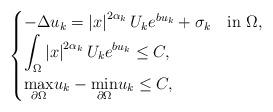
LaTeX: \begin{align*}\begin{cases}-\Delta u_k=\left|x\right|^{2\alpha_k}U_{k}e^{bu_k}+\sigma_k\quad\mbox{in }\Omega,\\\displaystyle{\int_{\Omega}\left|x\right|^{2\alpha_k}U_{k}e^{bu_k}}\leq C,\\\displaystyle{\max_{\partial \Omega}} u_k - \displaystyle{\min_{\partial \Omega}} u_k \leq C,\end{cases}\end{align*}